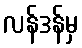
လန်ဒန်မှ